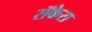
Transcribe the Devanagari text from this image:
रॉकेरा